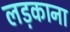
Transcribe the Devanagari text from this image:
लड़काना